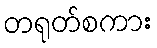
တရုတ်စကား